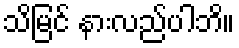
သိမြင် နားလည်ပါဘိ။